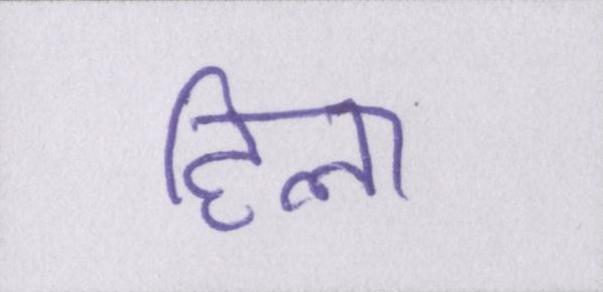
हिला